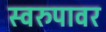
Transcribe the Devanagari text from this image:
स्वरुपावर